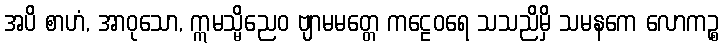
အပိ စာဟံ, အာဝုသော, ဣမသ္မိညေဝ ဗျာမမတ္တေ ကဠေဝရေ သသညိမှိ သမနကေ လောကဉ္စ